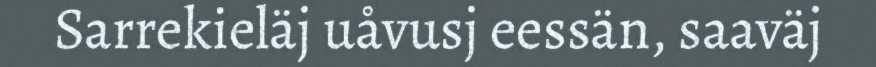
Sarrekieläj uåvusj eessän, saaväj